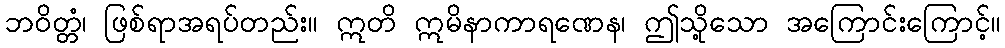
ဘဝိတ္တံ၊ ဖြစ်ရာအရပ်တည်း။ ဣတိ ဣမိနာကာရဏေန၊ ဤသို့သော အကြောင်းကြောင့်။